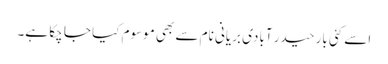
اسے کئی بار حیدر آبادی بریانی نام سے بھی موسوم کیا جا چکا ہے۔